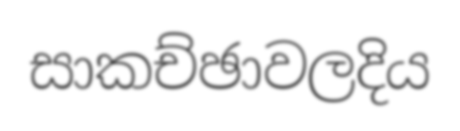
සාකච්ඡාවලදිය